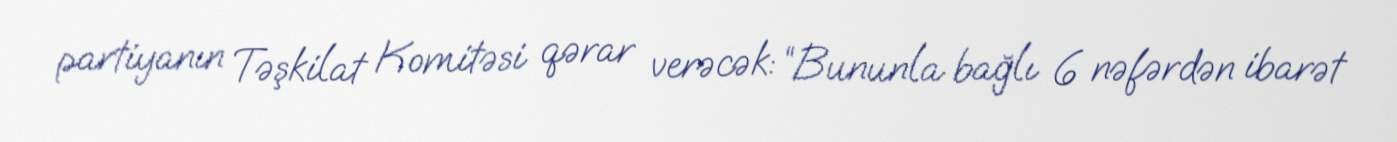
partiyanın Təşkilat Komitəsi qərar verəcək: “Bununla bağlı 6 nəfərdən ibarət